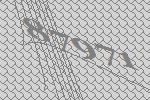
87971